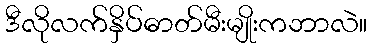
ဒီလိုလက်နှိပ်ဓာတ်မီးမျိုးကဘာလဲ။